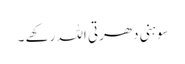
سوہنی دھرتی اللہ رکھے ۔